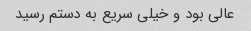
عالی بود و خیلی سریع به دستم رسید